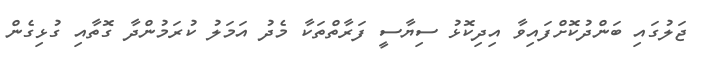
ޖަލުގައި ބަންދުކޮށްފައިވާ އިދިކޮޅު ސިޔާސީ ފަރާތްތަކާ މެދު އަމަލު ކުރަމުންދާ ގޮތާއި ގުޅިގެން